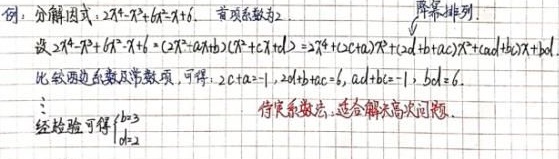
例：分解因式：$2x^{4}-x^{3}+6x^{2}-x + 6$. 首项系数为$2$ 降幂排列.
设$2x^{4}-x^{3}+6x^{2}-x + 6=(2x^{2}+ax + b)(x^{2}+cx + d)=2x^{4}+(2c + a)x^{3}+(2d+ac + b)x^{2}+(ad + bc)x+bd$.
比较两边系数及常数项，可得：$2c + a=-1$，$2d+ac + b = 6$，$ad + bc=-1$，$bd = 6$.
经检验可得$\begin{cases}a = 3\\d = 2\end{cases}$ 待定系数法，适合解决高次问题.